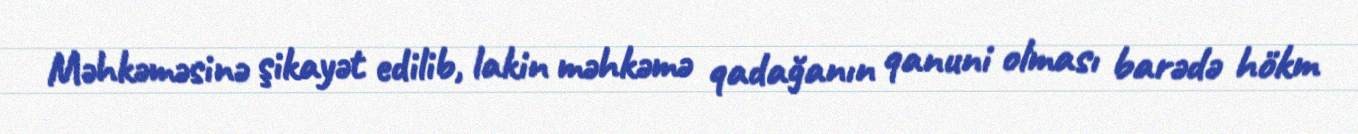
Məhkəməsinə şikayət edilib, lakin məhkəmə qadağanın qanuni olması barədə hökm